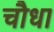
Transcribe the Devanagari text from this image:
चौधा